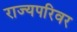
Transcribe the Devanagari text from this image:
राज्यपरिवर